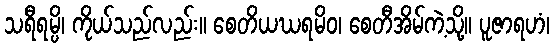
သရီရမ္ပိ၊ ကိုယ်သည်လည်း။ စေတိယဃရမိဝ၊ စေတီအိမ်ကဲ့သို့။ ပူဇာရဟံ၊